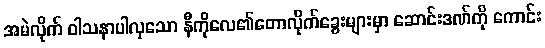
အမဲလိုက် ဝါသနာပါလှသော နီကိုလေ၏တောလိုက်ခွေးများမှာ ဆောင်းဒဏ်ကို ကောင်း